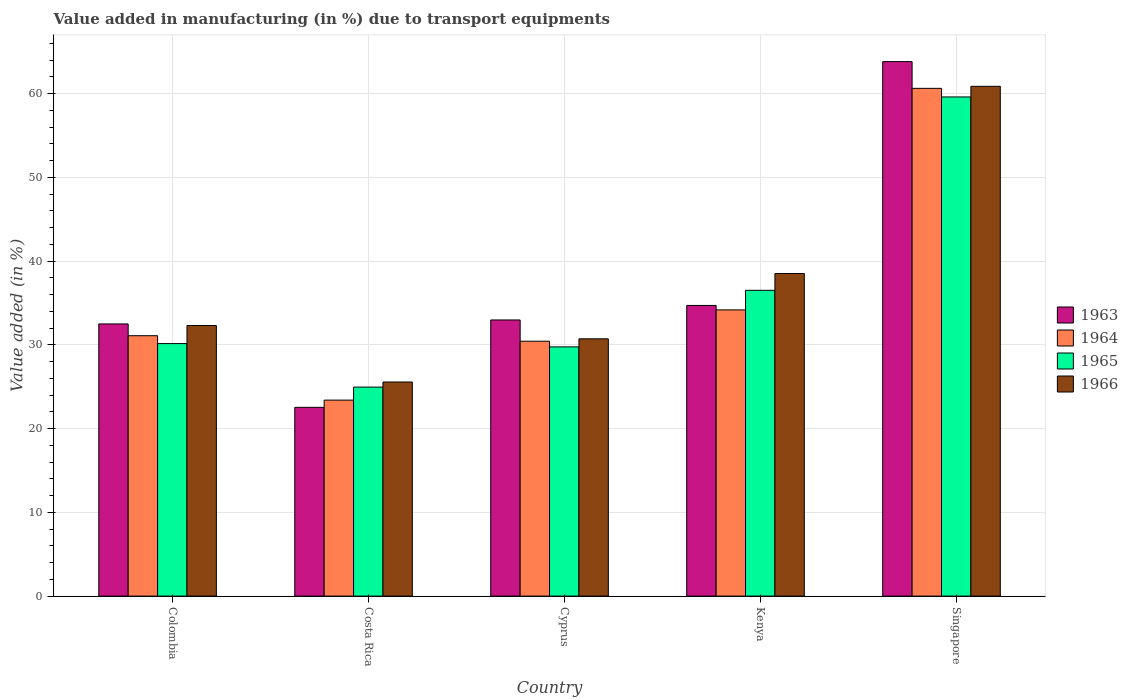
| Country | 1963 | 1964 | 1965 | 1966 |
 | --- | --- | --- | --- | --- |
 | Colombia | 32.5 | 31.1 | 30.1 | 32.3 |
 | Costa Rica | 22.5 | 23.4 | 25 | 25.6 |
 | Cyprus | 33 | 30.4 | 29.8 | 30.7 |
 | Kenya | 34.7 | 34.2 | 36.5 | 38.5 |
 | Singapore | 63.8 | 60.6 | 59.6 | 60.9 |